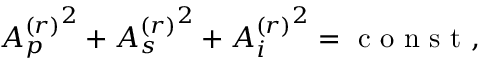
\begin{array} { r } { { A _ { p } ^ { ( r ) } } ^ { 2 } + { A _ { s } ^ { ( r ) } } ^ { 2 } + { A _ { i } ^ { ( r ) } } ^ { 2 } = \mathrm { ~ c ~ o ~ n ~ s ~ t ~ } , } \end{array}